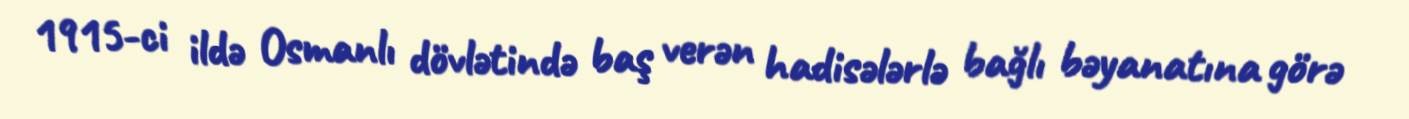
1915-ci ildə Osmanlı dövlətində baş verən hadisələrlə bağlı bəyanatına görə